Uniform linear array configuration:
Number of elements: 8
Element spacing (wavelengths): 0.75
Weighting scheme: hann
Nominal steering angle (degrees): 0
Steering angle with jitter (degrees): -1.272
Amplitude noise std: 0.05
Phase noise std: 0.05

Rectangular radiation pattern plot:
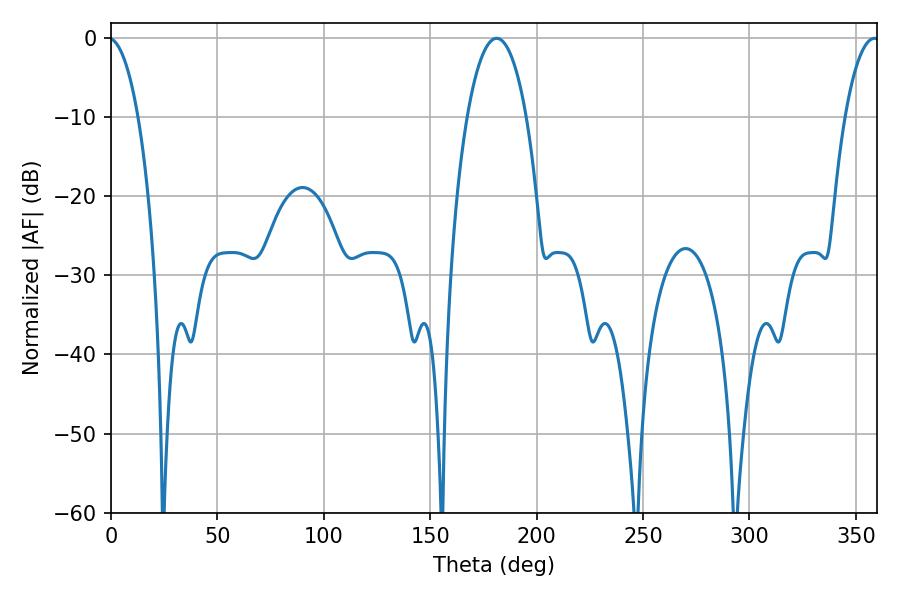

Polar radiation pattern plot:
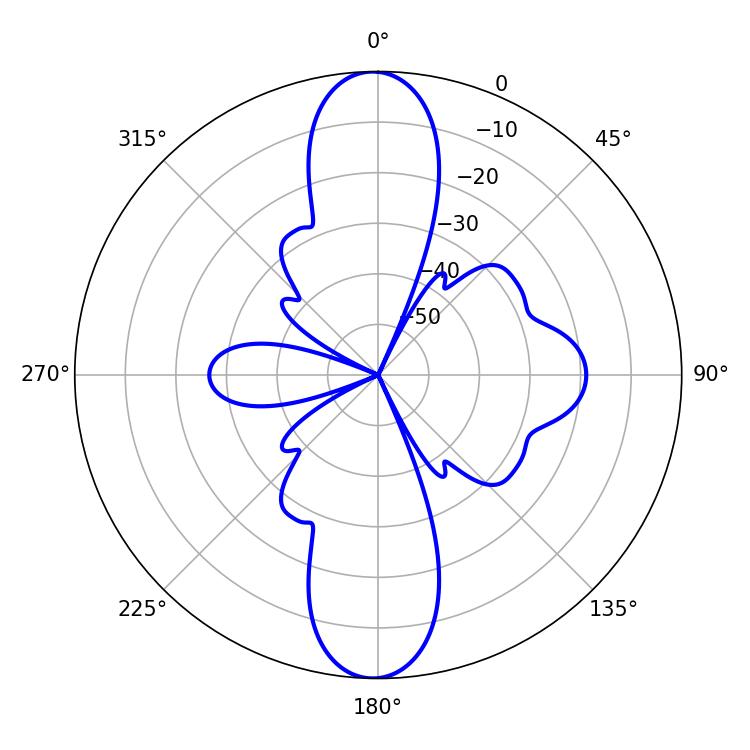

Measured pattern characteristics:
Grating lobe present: TRUE
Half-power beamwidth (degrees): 15.66
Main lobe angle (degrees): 181.26